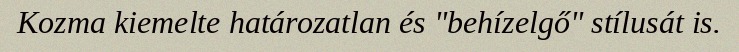
Kozma kiemelte határozatlan és "behízelgő" stílusát is.